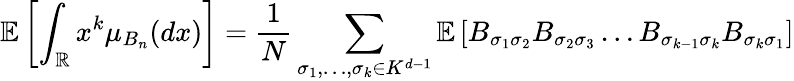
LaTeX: \mathbb{E}\left[\int_{\mathbb{R}}x^{k}\mu_{B_{n}}(dx)\right]=\frac{1}{N}\sum_{\sigma_{1},\ldots,\sigma_{k}\in K^{d-1}}\mathbb{E}\left[B_{\sigma_{1}\sigma_{2}}B_{\sigma_{2}\sigma_{3}}\ldots B_{\sigma_{k-1}\sigma_{k}}B_{\sigma_{k}\sigma_{1}}\right]